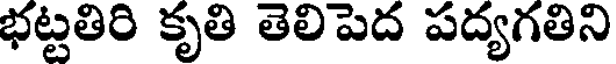
భట్టతిరి కృతి తెలిపెద పద్యగతిని